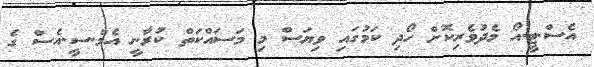
އެސް.ޓީ.އޯ މެދުވެރިކޮށް ހޯދި ކަމުގައި ވިޔަސް މި މަސައްކަތް ކުރާނީ އެމް.ސީ.އެސް ގެ